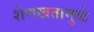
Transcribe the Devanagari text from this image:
शेणखतामुळे